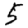
Digit: 5